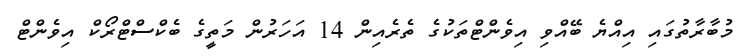
މުބާރާތުގައި އިއްޔެ ބޭއްވި އިވެންޓްތަކުގެ ތެރެއިން 14 އަހަރުން މަތީގެ ބެކްސްޓްރޯކް އިވެންޓް